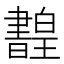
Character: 𤾳